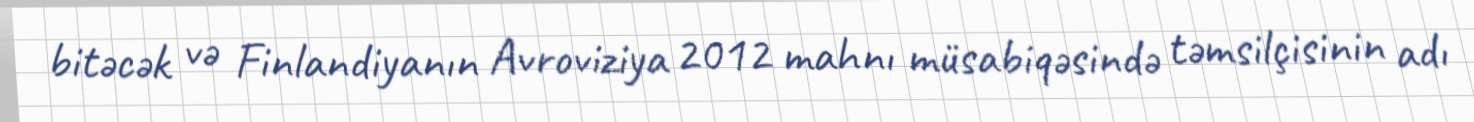
bitəcək və Finlandiyanın Avroviziya 2012 mahnı müsabiqəsində təmsilçisinin adı